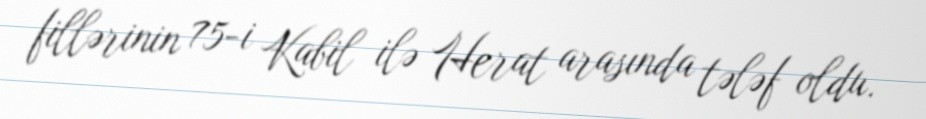
fillərinin 75-i Kabil ilə Herat arasında tələf oldu.